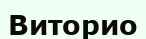
Виторио